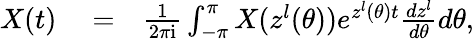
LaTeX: \begin{array}{rlr}{X(t)}&{{}=}&{\frac{1}{2\pi\mathrm{i}}\int_{-\pi}^{\pi}X(z^{l}(\theta))e^{z^{l}(\theta)t}\frac{dz^{l}}{d\theta}d\theta,}\end{array}